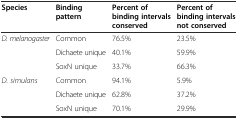
<table><thead><tr><td><b>Species</b></td><td><b>Binding pattern</b></td><td><b>Percent of binding intervals conserved</b></td><td><b>Percent of binding intervals not conserved</b></td></tr></thead><tbody><tr><td><i>D. melanogaster</i></td><td>Common</td><td>76.5%</td><td>23.5%</td></tr><tr><td>[EMPTY_CELL]</td><td>Dichaete unique</td><td>40.1%</td><td>59.9%</td></tr><tr><td>[EMPTY_CELL]</td><td>SoxN unique</td><td>33.7%</td><td>66.3%</td></tr><tr><td><i>D. simulans</i></td><td>Common</td><td>94.1%</td><td>5.9%</td></tr><tr><td>[EMPTY_CELL]</td><td>Dichaete unique</td><td>62.8%</td><td>37.2%</td></tr><tr><td>[EMPTY_CELL]</td><td>SoxN unique</td><td>70.1%</td><td>29.9%</td></tr></tbody></table>